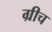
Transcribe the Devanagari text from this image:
ग्रीच